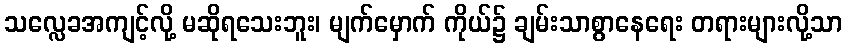
သလ္လေခအကျင့်လို့ မဆိုရသေးဘူး၊ မျက်မှောက် ကိုယ်၌ ချမ်းသာစွာနေရေး တရားများလို့သာ